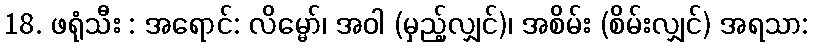
18. ဖရုံသီး : အရောင်: လိမ္မော်၊ အဝါ (မှည့်လျှင်)၊ အစိမ်း (စိမ်းလျှင်) အရသာ: